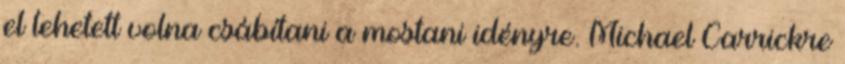
el lehetett volna csábítani a mostani idényre. Michael Carrickre